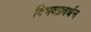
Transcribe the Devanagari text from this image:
विभवप्रवर्धन